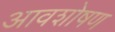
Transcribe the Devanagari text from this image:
आवशोषण